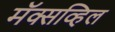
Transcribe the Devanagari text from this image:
मॅक्सव्हिल